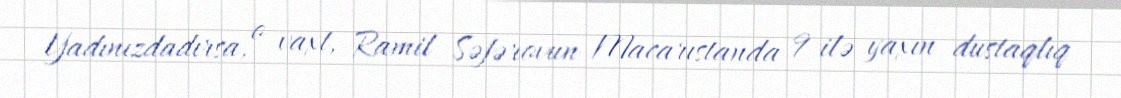
Yadınızdadırsa, o vaxt, Ramil Səfərovun Macarıstanda 9 ilə yaxın dustaqlıq